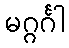
မဂ္ဂင်္ဂါ